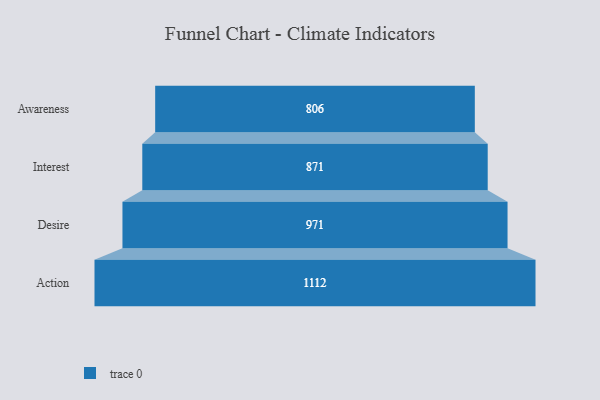
{"axis": {"x": "Stage", "y": "Value"}, "legend": [""], "data": [{"x": "Awareness", "y": 806.0, "type": ""}, {"x": "Interest", "y": 871.0, "type": ""}, {"x": "Desire", "y": 971.0, "type": ""}, {"x": "Action", "y": 1112.0, "type": ""}]}